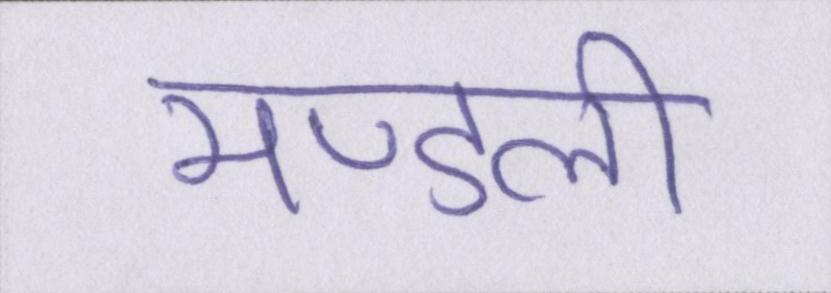
मण्डली